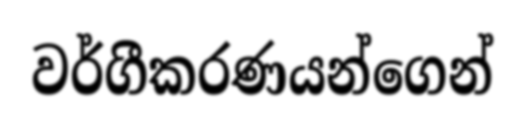
වර්ගීකරණයන්ගෙන්